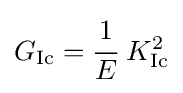
G_{\rm {Ic}}={\cfrac {1}{E}}~K_{\rm {Ic}}^{2}